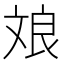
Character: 斏